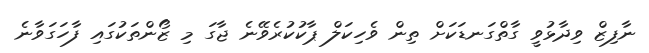
ނާފިޒް ވިދާޅުވީ ގާތްގަނޑަކަށް ތިން ވެހިކަލް ޕާކުކުރެވޭނެ ޖާގަ މި ޒޯންތަކުގައި ފާހަގަވާނެ